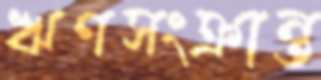
ঋণসংক্রান্ত